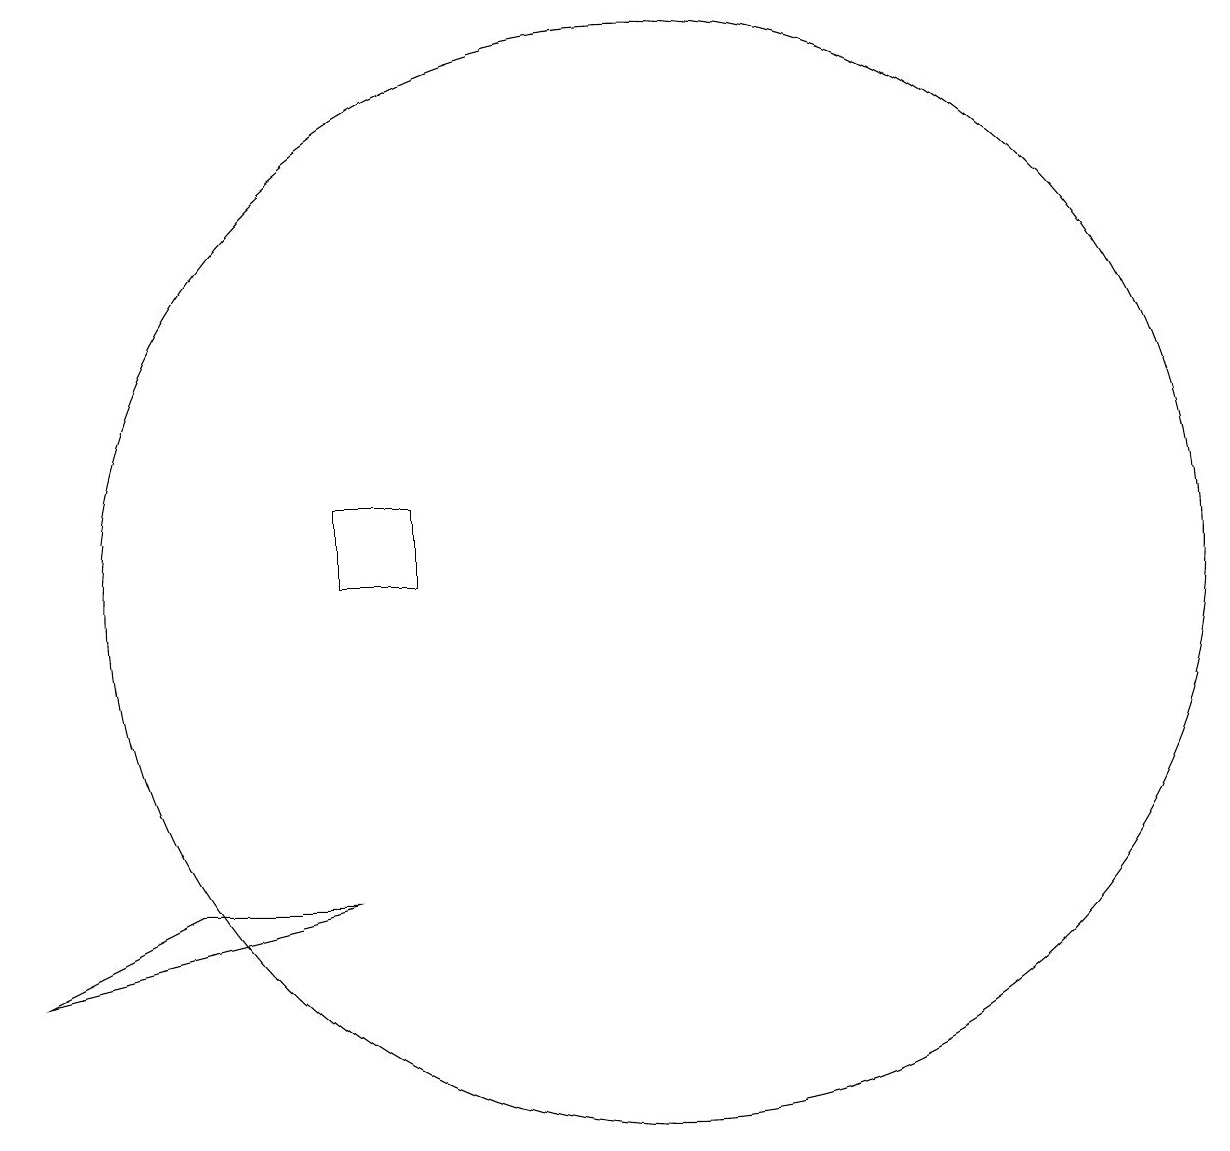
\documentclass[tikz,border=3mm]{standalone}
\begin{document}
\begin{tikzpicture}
\draw (10,12) circle (7);
\draw (7,13) rectangle (6,12);
\draw (4,8) -- (2,7) -- (6,8) -- cycle;
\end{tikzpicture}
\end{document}